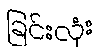
ခြင်းလုံး